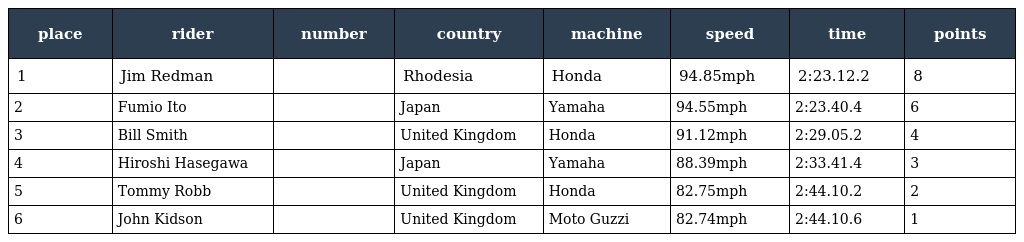
| place | rider | number | country | machine | speed | time | points |
 | --- | --- | --- | --- | --- | --- | --- | --- |
 | 1 | Jim Redman |  | Rhodesia | Honda | 94.85mph | 2:23.12.2 | 8 |
 | 2 | Fumio Ito |  | Japan | Yamaha | 94.55mph | 2:23.40.4 | 6 |
 | 3 | Bill Smith |  | United Kingdom | Honda | 91.12mph | 2:29.05.2 | 4 |
 | 4 | Hiroshi Hasegawa |  | Japan | Yamaha | 88.39mph | 2:33.41.4 | 3 |
 | 5 | Tommy Robb |  | United Kingdom | Honda | 82.75mph | 2:44.10.2 | 2 |
 | 6 | John Kidson |  | United Kingdom | Moto Guzzi | 82.74mph | 2:44.10.6 | 1 |